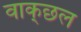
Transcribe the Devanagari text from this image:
वाक्‌छल